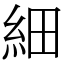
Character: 細